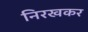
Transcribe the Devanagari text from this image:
निरखकर